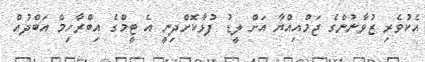
އެކުވެރި ޒުވާނުންގެ ޖަމްއިއްޔާ އަށް ލީޑު ފުޅާކޮށްދިނީ އެ ޓީމްގެ އިބްރާހިމް އަބްދުއް